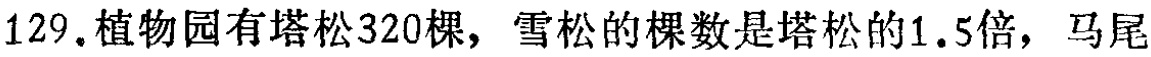
129.植物园有塔松320棵，雪松的棵数是塔松的1.5倍，马尾